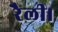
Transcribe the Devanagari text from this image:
रैली।